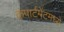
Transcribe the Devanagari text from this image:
कंपार्टमेंटमध्ये